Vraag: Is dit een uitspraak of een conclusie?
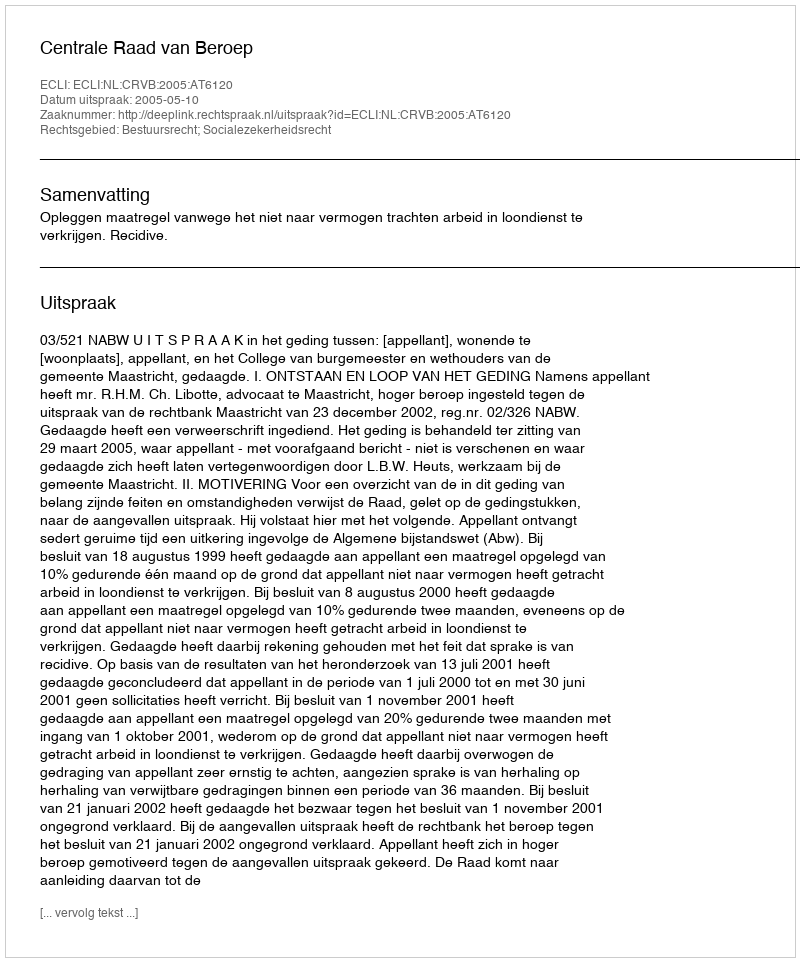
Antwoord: Uitspraak